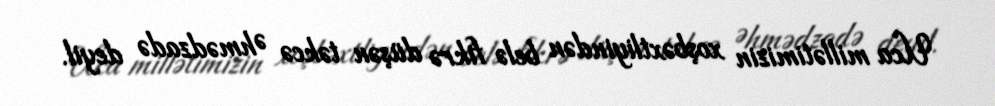
Uca millətimizin xoşbəxtliyindən belə fikrə düşən təkcə Əhmədzadə deyil.